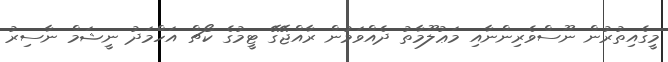
މީގެއިތުރުން ނޫސްވެރިންނާއި މަޢުލޫމާތު ދެއްވަމުން ރާއްޖޭގޭ ޓީމުގެ ކޯޗް އަހްމަދު ނީޝަމް ނާސިރު